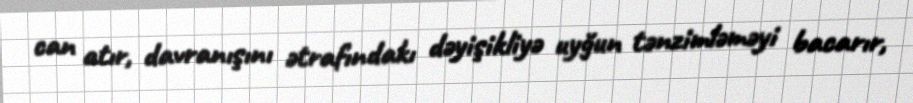
can atır, davranışını ətrafındakı dəyişikliyə uyğun tənzimləməyi bacarır,